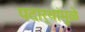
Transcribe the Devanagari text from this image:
पदार्थांमुळे